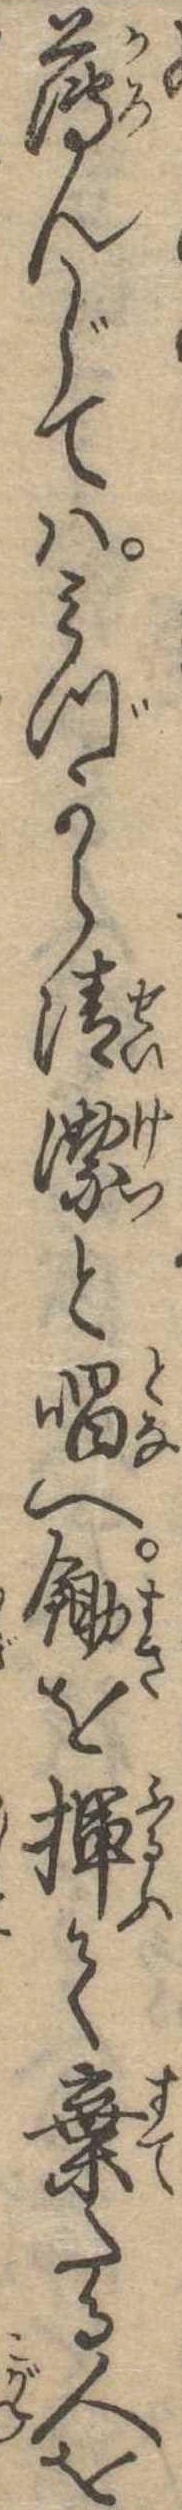
薄んじてはみづから清潔と唱へ鋤を揮て棄たる人を